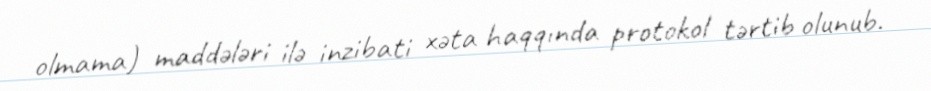
olmama) maddələri ilə inzibati xəta haqqında protokol tərtib olunub.